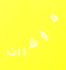
مؤشرات